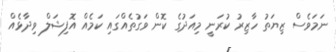
ނަަމަވެސް ޒިޔަތު ހާޒިރު ކުރަނީ މިއަދުގެ ކޮން ވަގުތެއްގައި ކަމެއް އޮފިޝަލް ވިދާޅެއް